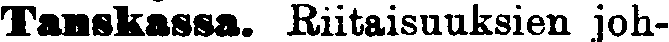
Tanskassa. Riitaisuuksien joh-